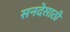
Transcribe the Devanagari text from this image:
सनदेसाठी